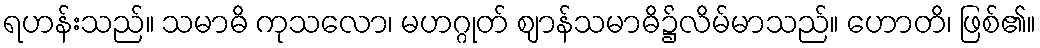
ရဟန်းသည်။ သမာဓိ ကုသလော၊ မဟဂ္ဂုတ် ဈာန်သမာဓိ၌လိမ်မာသည်။ ဟောတိ၊ ဖြစ်၏။